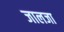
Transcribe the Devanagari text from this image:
जालजा